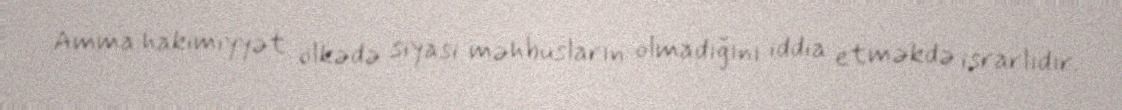
Amma hakimiyyət ölkədə siyasi məhbusların olmadığını iddia etməkdə israrlıdır.